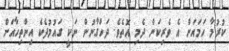
ކުރުމާ ހަމައަށް އެ ވެރިކަން ދެމި އޮތެވެ. ދަހްގާނުން ނަކީ ގައުމުދެކެ އިންތިހާއަށް